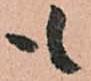
も